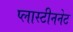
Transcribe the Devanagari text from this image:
प्लास्टीननेट